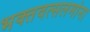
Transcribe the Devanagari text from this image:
भक्तवत्सलमांना